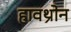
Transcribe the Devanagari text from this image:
हावथ्रोन